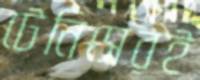
টেনিসেরই